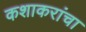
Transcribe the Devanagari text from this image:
कशाकरांचा